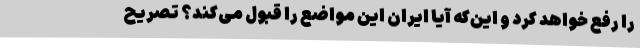
را رفع خواهد کرد و این‌که آیا ایران این مواضع را قبول می‌کند؟ تصریح